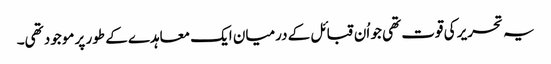
یہ تحریر کی قوت تھی جو اُن قبائل کے درمیان ایک معاہدے کے طور پر موجود تھی۔